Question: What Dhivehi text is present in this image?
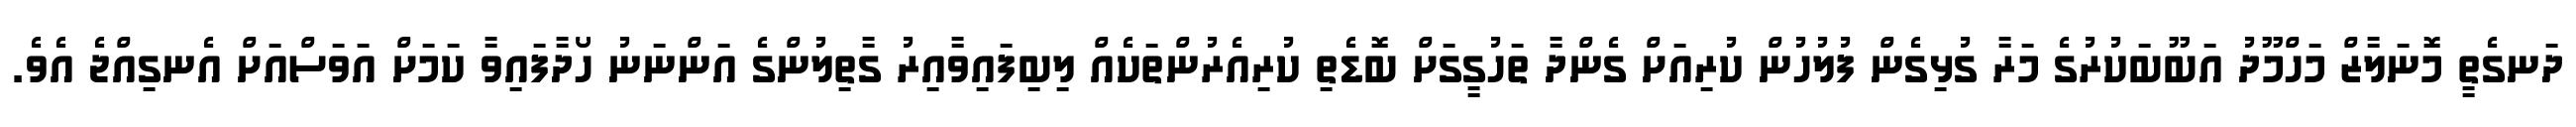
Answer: ދަނގެތީ މޮނަލާޒް މަހްމޫދު އަބޫބަކުރުގެ މަރާ ގުޅިގެން ފުލުހުން ކުރިއަށް ގެންދާ ތަހުގީގަށް ބޮޑެތި ކުރިއެރުންތަކެއް ލިބިފައިވާއިރު ގާތިލުންގެ އަންނަނު ހޯދާފައިވާ ކަމަށް އަވަސްއަށް އެނގިއްޖެ އެވެ.